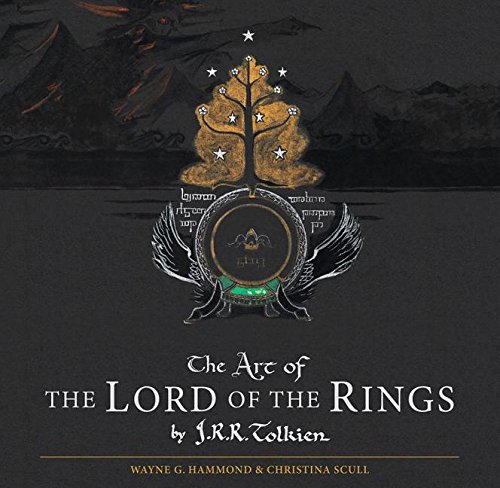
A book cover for The Art of The Lord of the Rings by J.R.R. Tolkien; J.R.R. Tolkien; Science Fiction & Fantasy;